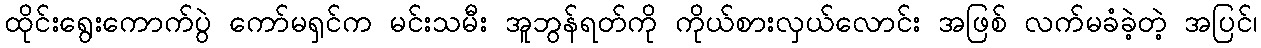
ထိုင်းရွေးကောက်ပွဲ ကော်မရှင်က မင်းသမီး အူဘွန်ရတ်ကို ကိုယ်စားလှယ်လောင်း အဖြစ် လက်မခံခဲ့တဲ့ အပြင်၊